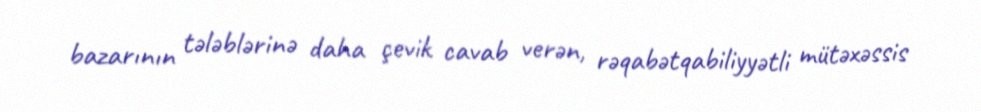
bazarının tələblərinə daha çevik cavab verən, rəqabətqabiliyyətli mütəxəssis